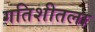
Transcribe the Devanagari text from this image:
गतिशीतला